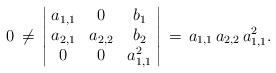
LaTeX: \begin{align*}0\,\neq\,\left\vert\!\begin{array}{ccc}a_{1,1} & 0 & b_1\\a_{2,1} & a_{2,2} & b_2\\0 & 0 & a_{1,1}^2\end{array}\!\right\vert\,=\,a_{1,1}\,a_{2,2}\,a_{1,1}^2.\end{align*}